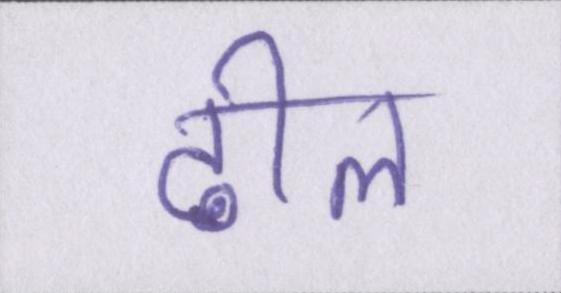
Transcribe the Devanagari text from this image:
ढील